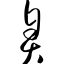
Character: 臭